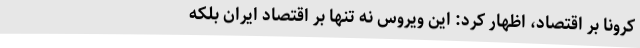
کرونا بر اقتصاد، اظهار کرد: این ویروس نه تنها بر اقتصاد ایران بلکه